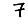
Digit: 7